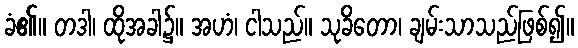
ခံ၏။ တဒါ၊ ထိုအခါ၌။ အဟံ၊ ငါသည်။ သုခိတော၊ ချမ်းသာသည်ဖြစ်၍။